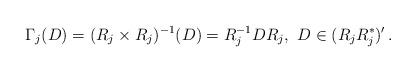
LaTeX: \begin{align*} \Gamma_j(D) = (R_j\times R_j)^{-1}(D) = R_j^{-1}DR_j, \ D \in (R_jR_j^*)' \,.\end{align*}